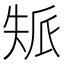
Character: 𡘿